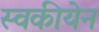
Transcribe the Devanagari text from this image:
स्वकीयेन